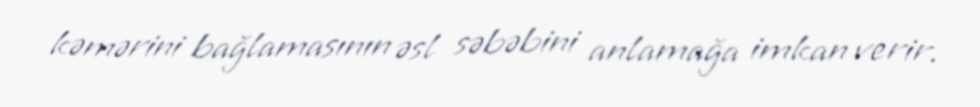
kəmərini bağlamasının əsl səbəbini anlamağa imkan verir.